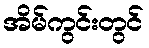
အိမ်ကွင်းတွင်